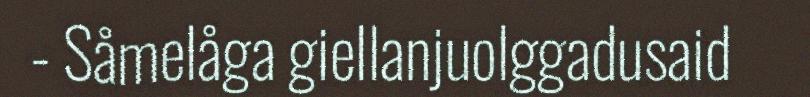
- Såmelåga giellanjuolggadusaid